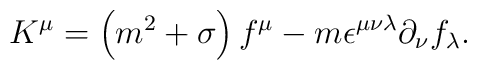
K^\mu = \left(m^2+\sigma\right) f^\mu -m \epsilon^{\mu\nu\lambda}\partial_\nu f_\lambda .